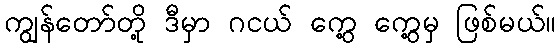
ကျွန်တော်တို့ ဒီမှာ ဂငယ် ကွေ့ ကွေ့မှ ဖြစ်မယ်။